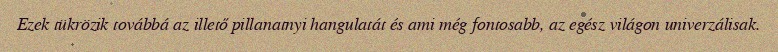
Ezek tükrözik továbbá az illető pillanatnyi hangulatát és ami még fontosabb, az egész világon univerzálisak.